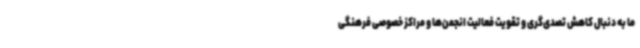
ما به دنبال کاهش تصدی‌گری و تقویت فعالیت انجمن‌ها و مراکز خصوصی فرهنگی